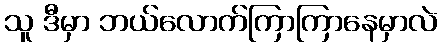
သူ ဒီမှာ ဘယ်လောက်ကြာကြာနေမှာလဲ